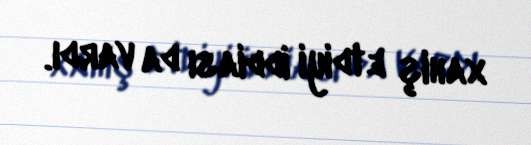
xahiş etdiyi iddiası da vardı.